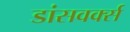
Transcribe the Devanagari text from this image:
डांसवर्क्स